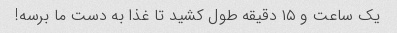
یک ساعت و ۱۵ دقیقه طول کشید تا غذا به دست ما برسه!